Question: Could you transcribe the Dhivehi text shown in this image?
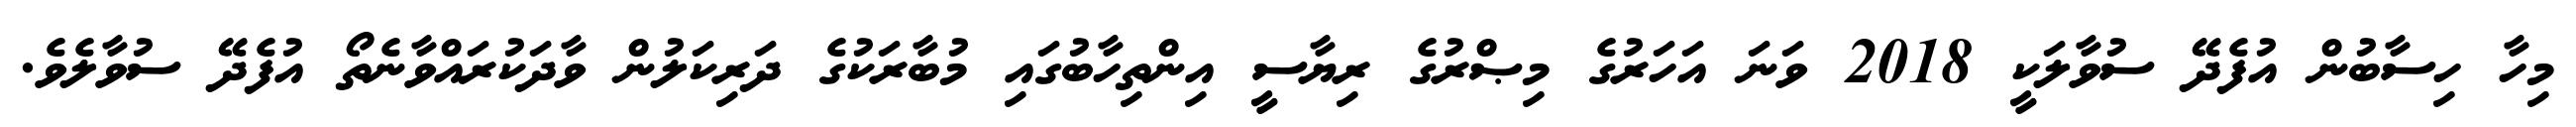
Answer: މިހާ ހިސާބުން އުފެދޭ ސުވާލަކީ 2018 ވަނަ އަހަރުގެ މިޞްރުގެ ރިޔާސީ އިންތިހާބުގައި މުބާރަކުގެ ދަރިކަލުން ވާދަކުރައްވާނެތޯ އުފެދޭ ސުވާލެވެ.